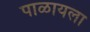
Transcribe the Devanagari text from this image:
पाळायला